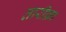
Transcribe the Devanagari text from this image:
तारीफ़ा